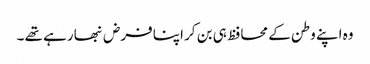
وہ اپنے وطن کے محافظ ہی بن کر اپنا فرض نبھا رہے تھے ۔